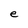
Character: e